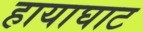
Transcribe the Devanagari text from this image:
हायाघाट